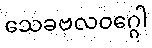
သေခဗလဝဂ္ဂေါ